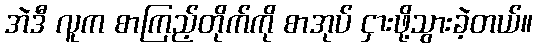
အဲဒီ လူက စာကြည့်တိုက်ကို စာအုပ် ငှားဖို့သွားခဲ့တယ်။